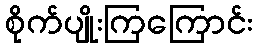
စိုက်ပျိုးကြကြောင်း